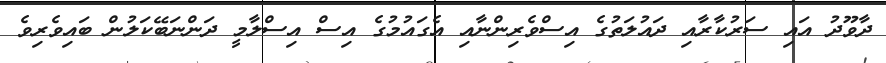
ދާވޫދު އައި ސަރުކާރާއި ދައުލަތުގެ އިސްވެރިންނާއި އެގައުމުގެ އިސް އިސްލާމީ ދަންނަބޭކަލުން ބައިވެރިވެ